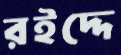
রইদ্দে